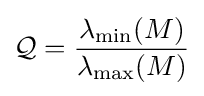
{\mathcal {Q}}={\frac {\lambda _{\min }(M)}{\lambda _{\max }(M)}}